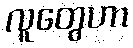
လူတွေဟာ